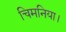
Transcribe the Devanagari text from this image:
चिमनिया।